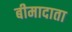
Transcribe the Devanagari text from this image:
बीमादाता